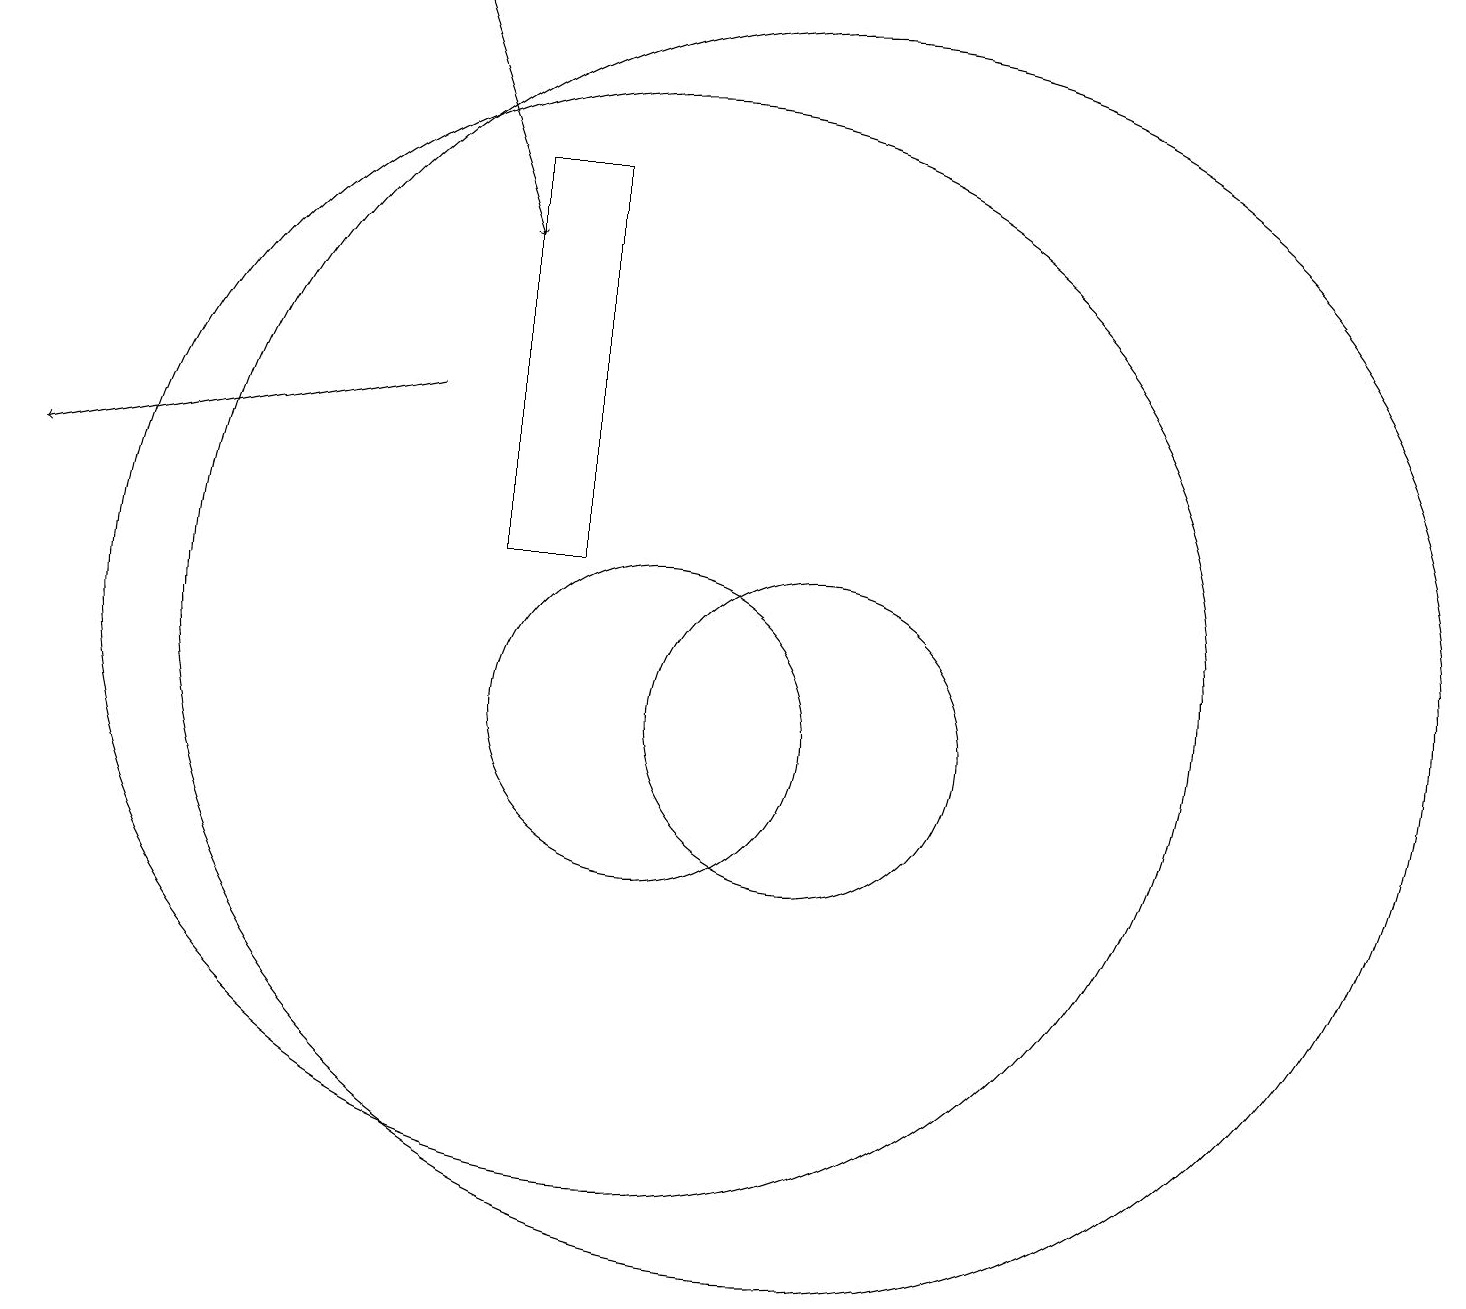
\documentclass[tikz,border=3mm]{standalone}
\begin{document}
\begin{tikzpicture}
\draw (12,11) circle (8);
\draw[->] (7,14) -- (2,13);
\draw (12,10) circle (2);
\draw[->] (7,19) -- (8,16);
\draw (10,11) circle (7);
\draw (10,10) circle (2);
\draw (9,12) rectangle (8,17);
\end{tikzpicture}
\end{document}